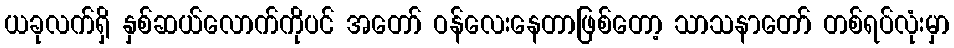
ယခုလက်ရှိ နှစ်ဆယ်လောက်ကိုပင် အတော် ဝန်လေးနေတာဖြစ်တော့ သာသနာတော် တစ်ရပ်လုံးမှာ